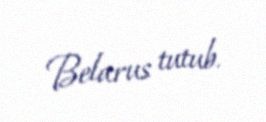
Belarus tutub.